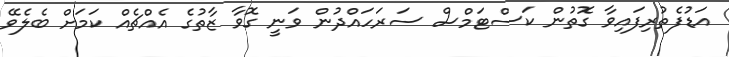
އަޑުފެތުރިފައިވާ ގޮތުން ކަސްޓަމްސް ސަރަހައްދުން ވަނީ ގޮވާ ޒާތުގެ އެއްޗެއް ކަމަށް ބެލެވޭ